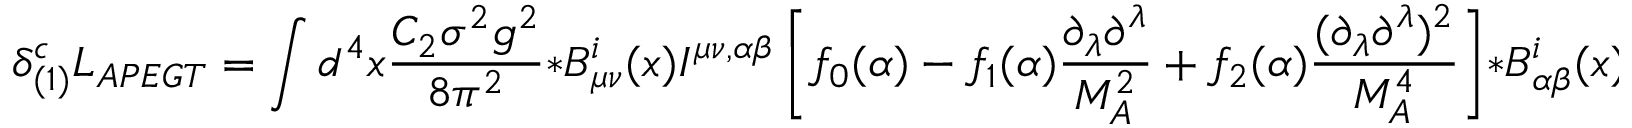
\delta _ { ( 1 ) } ^ { c } { \cal L } _ { A P E G T } = \int d ^ { 4 } x { \frac { C _ { 2 } \sigma ^ { 2 } g ^ { 2 } } { 8 \pi ^ { 2 } } } * B _ { \mu \nu } ^ { i } ( x ) I ^ { \mu \nu , \alpha \beta } \left[ f _ { 0 } ( \alpha ) - f _ { 1 } ( \alpha ) { \frac { \partial _ { \lambda } \partial ^ { \lambda } } { M _ { A } ^ { 2 } } } + f _ { 2 } ( \alpha ) { \frac { ( \partial _ { \lambda } \partial ^ { \lambda } ) ^ { 2 } } { M _ { A } ^ { 4 } } } \right] * B _ { \alpha \beta } ^ { i } ( x ) .